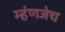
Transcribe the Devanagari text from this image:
म्हंणजेच